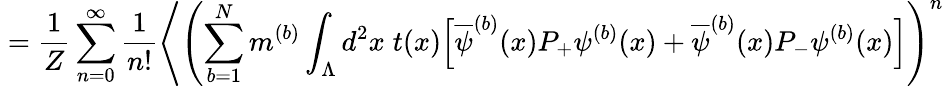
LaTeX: \; =\frac{1}{Z}\sum_{n=0}^{\infty}\frac{1}{n!}\Bigg\langle\left(\sum_{b=1}^{N}m^{(b)}\int_{\Lambda}d^{2}x\; t(x)\Big[\overline{{{\psi}}}^{(b)}(x)P_{+}\psi^{(b)}(x)+\overline{{{\psi}}}^{(b)}(x)P_{-}\psi^{(b)}(x)\Big]\right)^{n}